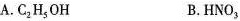
A.C_{2}H_{5}OH B.HNO_{3}